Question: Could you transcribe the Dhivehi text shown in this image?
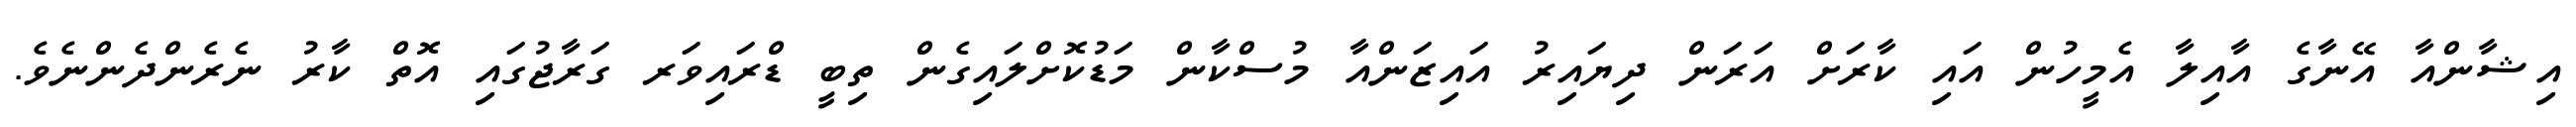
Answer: އިޝާންއާ އޭނާގެ އާއިލާ އެމީހުން އައި ކާރަށް އަރަން ދިޔައިރު އައިޒަންއާ މުސްކާން މަޑުކޮށްލައިގެން ތިބީ ޑްރައިވަރ ގަރާޖުގައި އޮތް ކާރު ނެރެންދެންނެވެ.